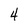
Character: 4